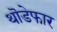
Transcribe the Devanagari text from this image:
थॊडेफार